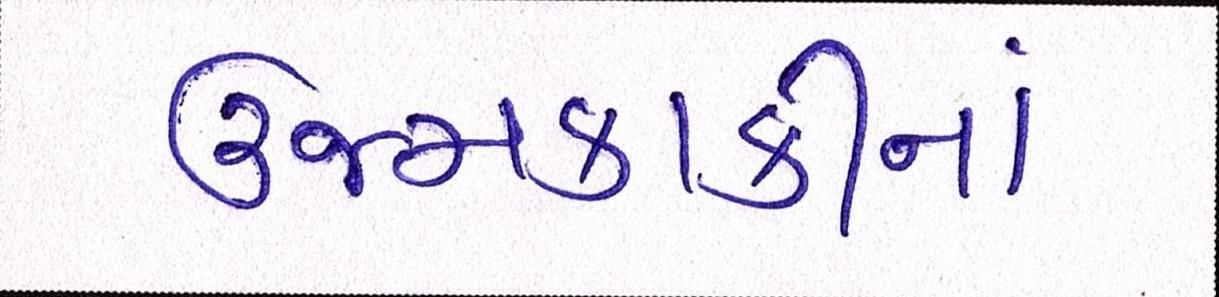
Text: ઉજમકાકીનાં